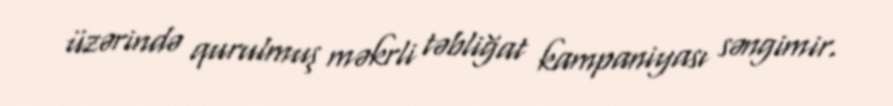
üzərində qurulmuş məkrli təbliğat kampaniyası səngimir.